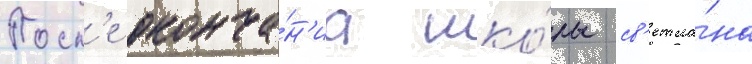
Посл'е оконча́н'иа шко́лы св'етла́на